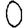
Digit: 0